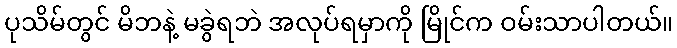
ပုသိမ်တွင် မိဘနဲ့ မခွဲရဘဲ အလုပ်ရမှာကို မြိုင်က ဝမ်းသာပါတယ်။